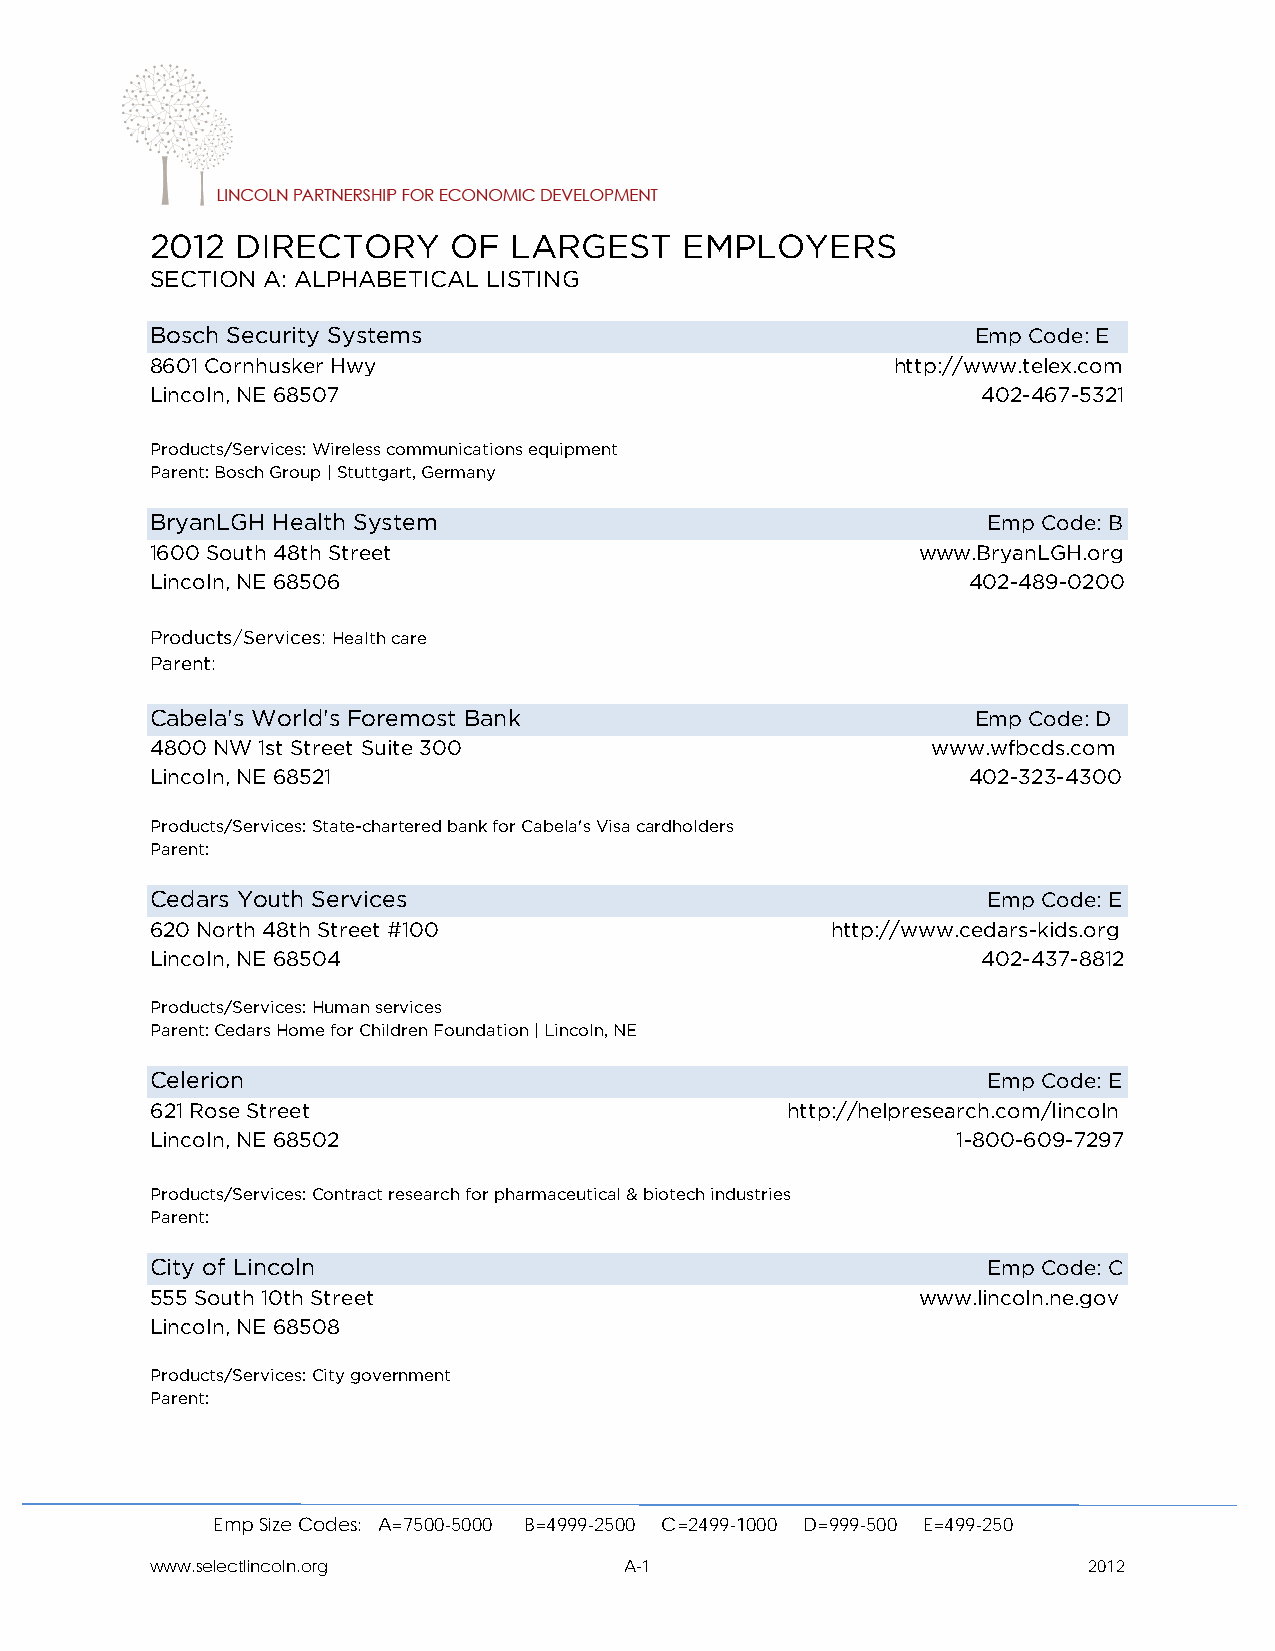
2012  DIRECTORY     OF  LARGEST    EMPLOYERS
 SECTION A: ALPHABETICAL LISTING
 Bosch Security Systems                                 Emp Code: E
 8601 Cornhusker Hwy                              http://www.telex.com
 Lincoln, NE 68507                                      402-467-5321
 Products/Services: Wireless communications equipment
 Parent: Bosch Group | Stuttgart, Germany
 BryanLGH Health System                                 Emp Code: B
 1600 South 48th Street                             www.BryanLGH.org
 Lincoln, NE 68506                                     402-489-0200
 Products/Services: Health care
 Parent:
 Cabela's World's Foremost Bank                         Emp Code: D
 4800 NW 1st Street Suite 300                        www.wfbcds.com
 Lincoln, NE 68521                                     402-323-4300
 Products/Services: State-chartered bank for Cabela's Visa cardholders
 Parent:
 Cedars Youth Services                                  Emp Code: E
 620 North 48th Street #100                   http://www.cedars-kids.org
 Lincoln, NE 68504                                      402-437-8812
 Products/Services: Human services
 Parent: Cedars Home for Children Foundation | Lincoln, NE
 Celerion                                               Emp Code: E
 621 Rose Street                           http://helpresearch.com/lincoln
 Lincoln, NE 68502                                    1-800-609-7297
 Products/Services: Contract research for pharmaceutical & biotech industries
 Parent:
 City of Lincoln                                        Emp Code: C
 555 South 10th Street                              www.lincoln.ne.gov
 Lincoln, NE 68508
 Products/Services: City government
 Parent:
 Emp Size Codes: A=7500-5000 B=4999-2500 C=2499-1000 D=999-500 E=499-250
 www.selectlincoln.org          A-1                            2012